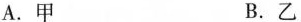
A.甲 B.乙